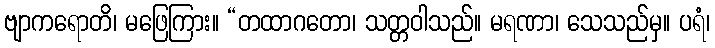
ဗျာကရောတိ၊ မဖြေကြား။ “တထာဂတော၊ သတ္တဝါသည်။ မရဏာ၊ သေသည်မှ။ ပရံ၊